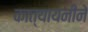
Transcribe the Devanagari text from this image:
कात्यायनीने